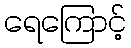
ရေကြောင့်